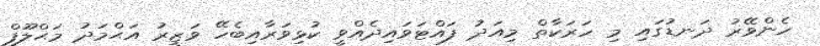
ހެންވޭރު ދަނޑުގައި މި ހަރަކާތް މިއަދު ފައްޓަވައިދެއްވީ ކުޅިވަރާއިބެހޭ ވަޒީރު އަޙްމަދު މަޙްލޫފް